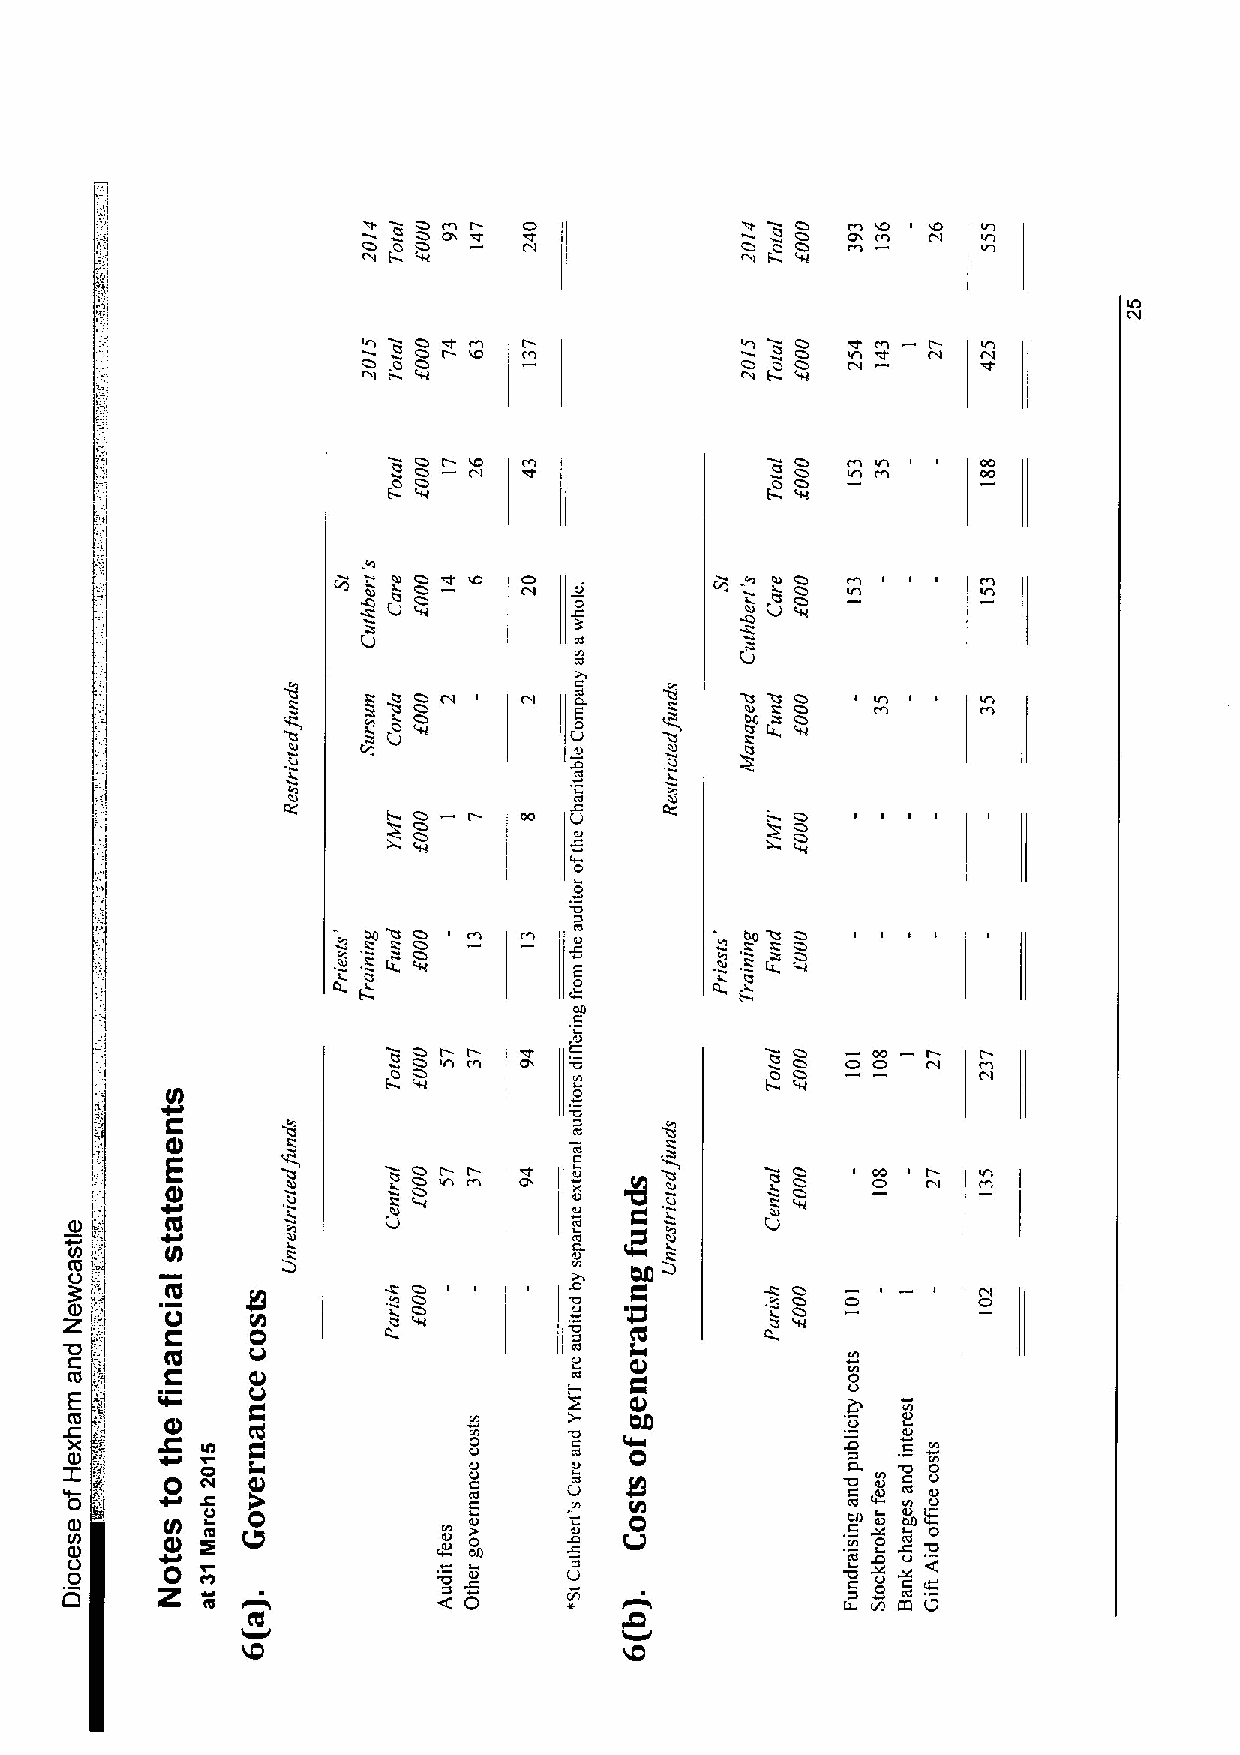
00 0!  O                    0
 O 0 O                    O 0 O
 aa E                     ac
 M   I                    'c«
 O 0 00 I                 O 0 O  Vl
 ac     CV
 0 O O II « '00 «         « 0I O O O    C 0O 0
 O               CLl O
 0              O
 &0
 0
 8!      0C 0l      Ct             O O
 O
 'tl                             IL
 I  CO               2oO
 0
 00 «! O O  l             00 '«! O O
 !  O                         O
 Cl              E        tu
 0
 000
 0
 I Vl 0                 O O O COO I  I
 0                        0 O
 N              f
 Cl
 IE
 PO~  I  0                «I O O
 O          0
 S     C
 «0    lA                         CC
 (0
 U
 C    g                                   00
 Z      O
 0
 c5
 O«0
 C
 Cc
 e
 al
 Q
 «0                                                  8
 E
 0
 (0                         V          C4            0
 '0
 OSC      00 g
 «W0
 I          0
 Z
 0      4J
 0 L!              o 0    0 0 8             0 0Ci oO '0 0 a0 o 0a
 « «$D
 0
 e
 Q
 g-"„ U            E a 0l 00
 0
 0             c 0l 0 t0 u5 0l 0 t '00
 U0     0                   0 ta0                    '0Cl D g0
 ~
 Z                                               0
 O                          0
 m                                            rn K U
 Cl